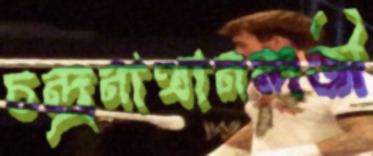
চন্দ্রনাথানন্দজী